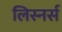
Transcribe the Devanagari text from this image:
लिस्नर्स